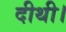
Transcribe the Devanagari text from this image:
दीथी।